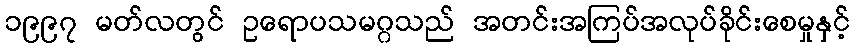
၁၉၉၇ မတ်လတွင် ဥရောပသမဂ္ဂသည် အတင်းအကြပ်အလုပ်ခိုင်းစေမှုနှင့်